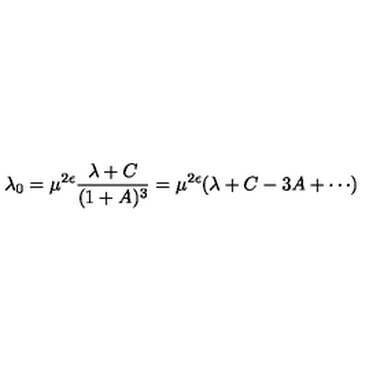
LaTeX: \lambda _ { 0 } = \mu ^ { 2 \epsilon } \frac { \lambda + C } { ( 1 + A ) ^ { 3 } } = \mu ^ { 2 \epsilon } ( \lambda + C - 3 A + \cdots )